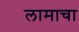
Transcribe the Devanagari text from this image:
लामाचा